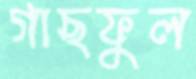
গাছফুল